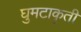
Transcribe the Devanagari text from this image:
घुमटाकृती